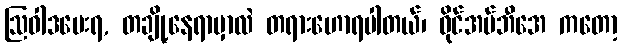
ဩဝါဒပေးရ, တချို့နေရာမှာလဲ တရားဟောရပါတယ်၊ ဝိုင်အမ်ဘီအေ ကတော့